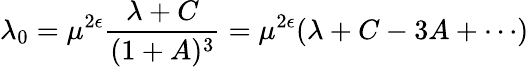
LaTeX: \lambda_{0}=\mu^{2\epsilon}\frac{\lambda+C}{(1+A)^{3}}=\mu^{2\epsilon}(\lambda+C-3A+\cdots)